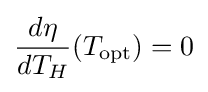
{\frac {d\eta }{dT_{H}}}(T_{\mathrm {opt} })=0